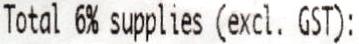
TOTAL 6% SUPPLIES (EXCL. GST):